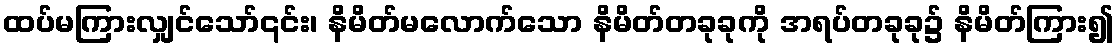
ထပ်မကြားလျှင်သော်၎င်း၊ နိမိတ်မလောက်သော နိမိတ်တခုခုကို အရပ်တခုခု၌ နိမိတ်ကြား၍